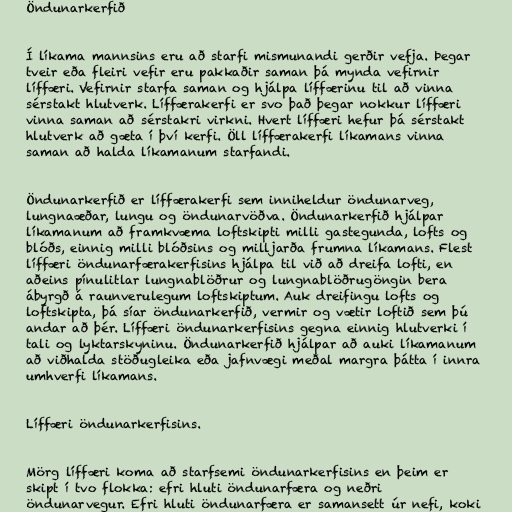
Öndunarkerfið

Í líkama mannsins eru að starfi mismunandi gerðir vefja. Þegar
tveir eða fleiri vefir eru pakkaðir saman þá mynda vefirnir
líffæri. Vefirnir starfa saman og hjálpa líffærinu til að vinna
sérstakt hlutverk. Líffærakerfi er svo það þegar nokkur líffæri
vinna saman að sérstakri virkni. Hvert líffæri hefur þá sérstakt
hlutverk að gæta í því kerfi. Öll líffærakerfi líkamans vinna
saman að halda líkamanum starfandi.

Öndunarkerfið er líffærakerfi sem inniheldur öndunarveg,
lungnaæðar, lungu og öndunarvöðva. Öndunarkerfið hjálpar
líkamanum að framkvæma loftskipti milli gastegunda, lofts og
blóðs, einnig milli blóðsins og milljarða frumna líkamans. Flest
líffæri öndunarfærakerfisins hjálpa til við að dreifa lofti, en
aðeins pínulitlar lungnablöðrur og lungnablöðrugöngin bera
ábyrgð á raunverulegum loftskiptum. Auk dreifingu lofts og
loftskipta, þá síar öndunarkerfið, vermir og vætir loftið sem þú
andar að þér. Líffæri öndunarkerfisins gegna einnig hlutverki í
tali og lyktarskyninu. Öndunarkerfið hjálpar að auki líkamanum
að viðhalda stöðugleika eða jafnvægi meðal margra þátta í innra
umhverfi líkamans.

Líffæri öndunarkerfisins.

Mörg líffæri koma að starfsemi öndunarkerfisins en þeim er
skipt í tvo flokka: efri hluti öndunarfæra og neðri
öndunarvegur. Efri hluti öndunarfæra er samansett úr nefi, koki